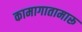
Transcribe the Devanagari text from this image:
कामागातामारू